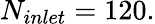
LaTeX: N_{inlet}=120.